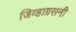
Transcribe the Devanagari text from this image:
जिव्हाग्रसनी